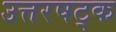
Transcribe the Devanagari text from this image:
उत्तरषट्क